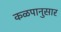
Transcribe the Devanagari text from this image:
कळपानुसार